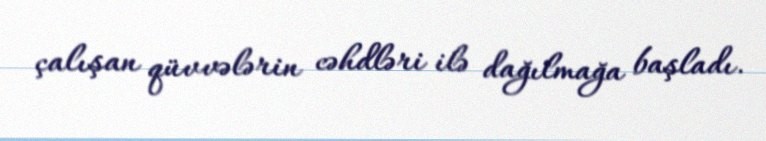
çalışan qüvvələrin cəhdləri ilə dağılmağa başladı.